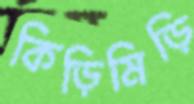
কিড়িমিড়ি